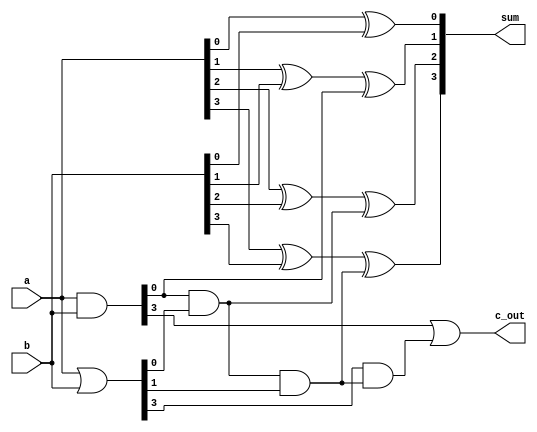

// 4bit Carry Looks Ahead

module cla(a, b, c_out, sum);

input [3:0] a;
input [3:0] b;

output c_out;
output [3:0] sum;

wire [3:0] g;
wire [3:0] p;
wire [3:0] carry;

assign g = a & b;
assign p = a | b;
    
assign carry[0] = g[0];
assign carry[1] = carry[0] & p[0];
assign carry[2] = carry[1] & p[1];
assign carry[3] = carry[2] & p[2];
    
assign sum[0] = a[0] ^ b[0] ^ 1'b0;
assign sum[1] = a[1] ^ b[1] ^ carry[0];
assign sum[2] = a[2] ^ b[2] ^ carry[1];
assign sum[3] = a[3] ^ b[3] ^ carry[2];
    
assign c_out = g[3] | (p[3] & carry[2]);

endmodule